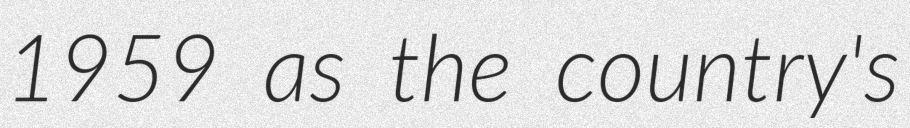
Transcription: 1959 as the country's